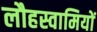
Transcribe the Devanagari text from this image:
लौहस्वामियों